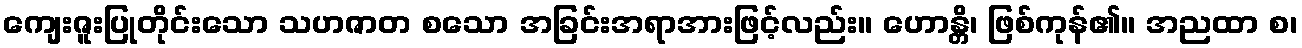
ကျေးဇူးပြုတိုင်းသော သဟဇာတ စသော အခြင်းအရာအားဖြင့်လည်း။ ဟောန္တိ၊ ဖြစ်ကုန်၏။ အညထာ စ၊